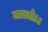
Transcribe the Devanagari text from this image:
जात्तोऽऽ